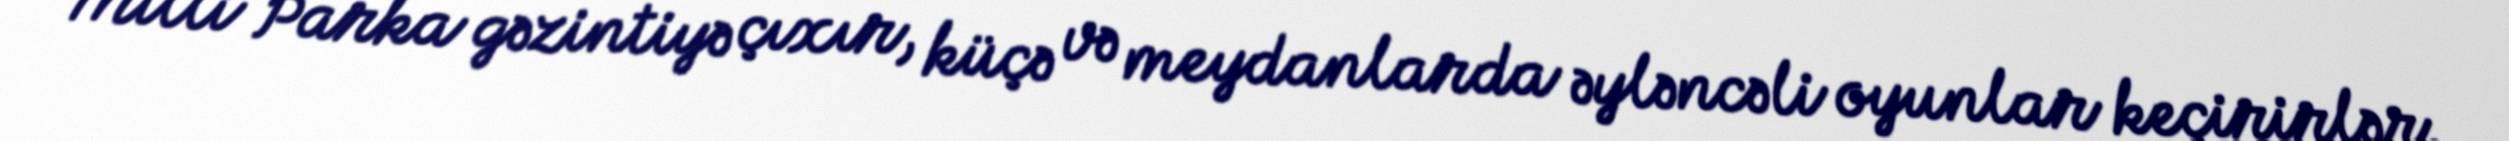
Milli Parka gəzintiyə çıxır, küçə və meydanlarda əyləncəli oyunlar keçirirlər.